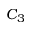
C _ { 3 }